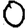
Digit: 0